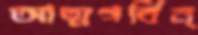
আত্মগর্বিন্